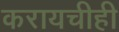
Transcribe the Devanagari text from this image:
करायचीही